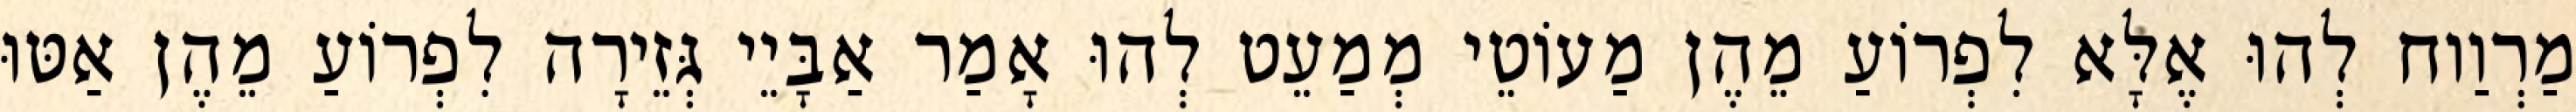
מַרְוַוח לְהוּ אֶלָּא לִפְרוֹעַ מֵהֶן מַעוֹטֵי מְמַעֵט לְהוּ אָמַר אַבָּיֵי גְּזֵירָה לִפְרוֹעַ מֵהֶן אַטּוּ